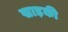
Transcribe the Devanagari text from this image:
खाड़की